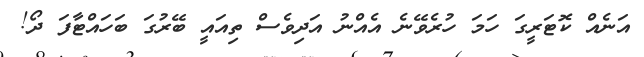
އަނެއް ކޮޓަރީގަ ހަމަ ހުރެވޭނެ އެއްނު އަދިވެސް ތިއައީ ބޭރުގަ ބަހައްޓާފަ ދޯ!